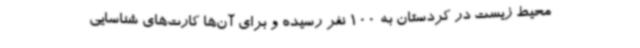
محیط زیست در کردستان به 100 نفر رسیده و برای آن‌ها کارت‌های شناسایی